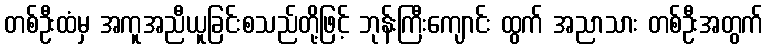
တစ်ဦးထံမှ အကူအညီယူခြင်းစသည်တို့ဖြင့် ဘုန်းကြီးကျောင်း ထွက် အညာသား တစ်ဦးအတွက်